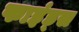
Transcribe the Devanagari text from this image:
फाइंड्स